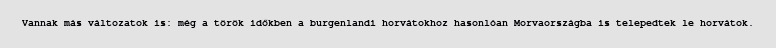
Vannak más változatok is: még a török időkben a burgenlandi horvátokhoz hasonlóan Morvaországba is telepedtek le horvátok.